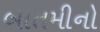
બાતમીનો